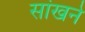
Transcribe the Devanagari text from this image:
सांखने